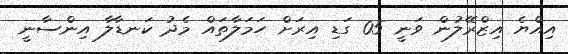
އިއްޔެ އިޒްރޭލުން ވަނީ 05 ގަޑި އިރަށް ހަމަލާތައް މެދު ކަނޑާލާ އިންސާނީ